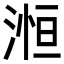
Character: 𪶥